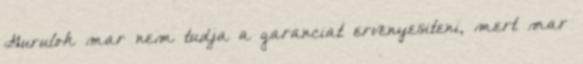
Gurulok mar nem tudja a garanciat ervenyesiteni, mert mar